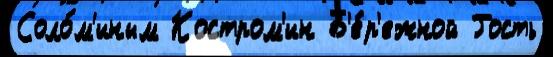
Соло́м'иным Костром'ин Б'е́р'ежной Гость